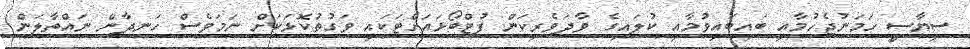
ސިޔާސީ ހަމަނުޖެހުމާއި ބައިބައިވުމާއި ކުލައިގެ ވާދަވެރިކަން ފުޓްބޯޅައަށްޓަކައި ވަގުތުކޮޅަކަށް ނަމަވެސް ހަނދާން ނައްތާލަން